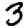
Digit: 3